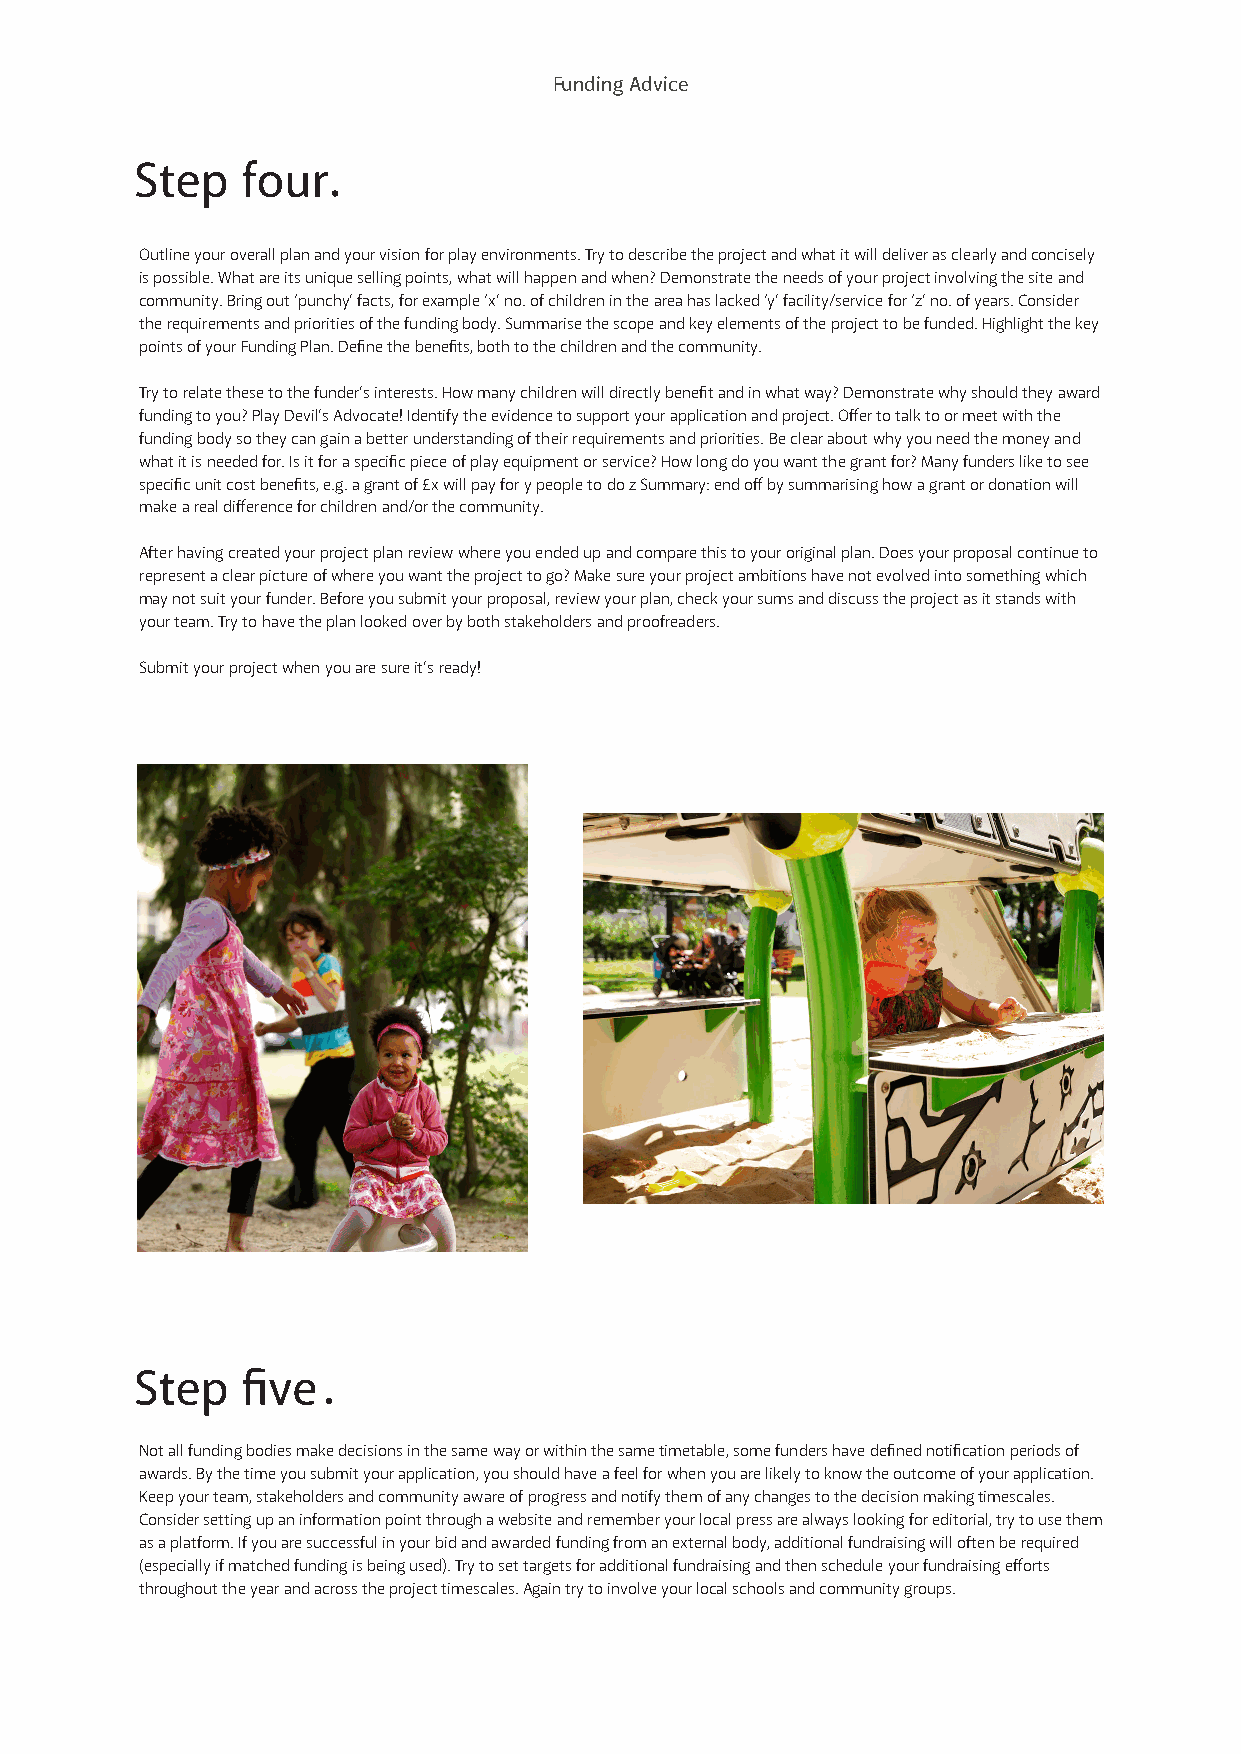
Funding Advice
 Step   four
 Outline your overall plan and your vision for play environments. Try to describe the project and what it will deliver as clearly and concisely
 is possible. What are its unique selling points, what will happen and when? Demonstrate the needs of your project involving the site and
 community. Bring out ‘punchy’ facts, for example ‘x’ no. of children in the area has lacked ‘y’ facility/service for ‘z’ no. of years. Consider
 the requirements and priorities of the funding body. Summarise the scope and key elements of the project to be funded. Highlight the key
 points of your Funding Plan. Define the benefits, both to the children and the community.
 Try to relate these to the funder’s interests. How many children will directly benefit and in what way? Demonstrate why should they award
 funding to you? Play Devil’s Advocate! Identify the evidence to support your application and project. Offer to talk to or meet with the
 funding body so they can gain a better understanding of their requirements and priorities. Be clear about why you need the money and
 what it is needed for. Is it for a specific piece of play equipment or service? How long do you want the grant for? Many funders like to see
 specific unit cost benefits, e.g. a grant of £x will pay for y people to do z Summary: end off by summarising how a grant or donation will
 make a real difference for children and/or the community.
 After having created your project plan review where you ended up and compare this to your original plan. Does your proposal continue to
 represent a clear picture of where you want the project to go? Make sure your project ambitions have not evolved into something which
 may not suit your funder. Before you submit your proposal, review your plan, check your sums and discuss the project as it stands with
 your team. Try to have the plan looked over by both stakeholders and proofreaders.
 Submit your project when you are sure it’s ready!
 Step   five
 Not all funding bodies make decisions in the same way or within the same timetable, some funders have defined notification periods of
 awards. By the time you submit your application, you should have a feel for when you are likely to know the outcome of your application.
 Keep your team, stakeholders and community aware of progress and notify them of any changes to the decision making timescales.
 Consider setting up an information point through a website and remember your local press are always looking for editorial, try to use them
 as a platform. If you are successful in your bid and awarded funding from an external body, additional fundraising will often be required
 (especially if matched funding is being used). Try to set targets for additional fundraising and then schedule your fundraising efforts
 throughout the year and across the project timescales. Again try to involve your local schools and community groups.